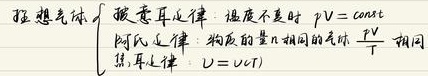
理想气体
\begin{cases}
玻意耳定律：温度不变时 \(pV = \mathrm{const}\\
阿氏定律：物质的量相同的气体 \(\frac{pV}{T}\) 相同\\
焦耳定律：\(U = U(T)
\end{cases}\)